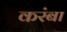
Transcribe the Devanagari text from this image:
करंबा